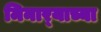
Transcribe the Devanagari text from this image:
मिनार्‍याच्या